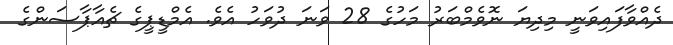
ދެއްވާފައިވަނީ މިދިޔަ ނޮވެމްބަރު މަހުގެ 28 ވަނަ ދުވަހު އެވެ. އެމްޑީޕީގެ ޗެއާޕާސަންގެ